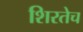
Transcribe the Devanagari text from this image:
शिरतेच